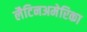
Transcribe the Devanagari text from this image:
लैटिनअमेरिका